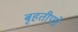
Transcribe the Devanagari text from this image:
बृहतीपत्रे